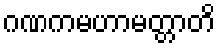
ဂဏကမဟာမတ္တာတိ